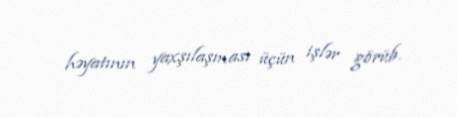
həyatının yaxşılaşması üçün işlər görüb.